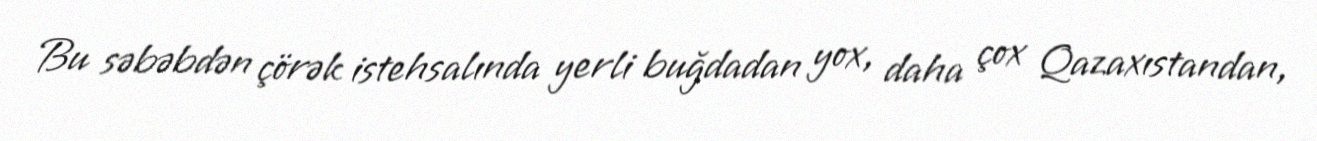
Bu səbəbdən çörək istehsalında yerli buğdadan yox, daha çox Qazaxıstandan,